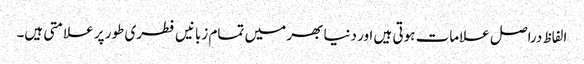
الفاظ دراصل علامات ہوتی ہیں اور دنیا بھر میں تمام زبانیں فطری طور پر علامتی ہیں۔